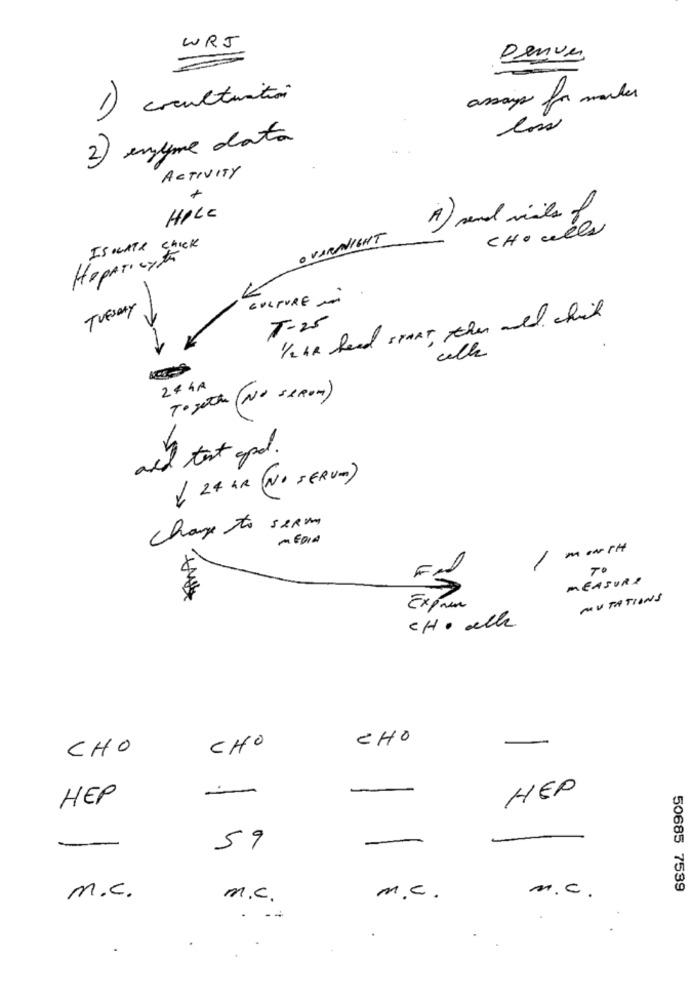
WRJ
Denver
1) coculturation
assay for marker
low
2) enzyme data
ACTIVITY
HOLE
A ) send viles
CHO wels
OVERNIGHT
IS WATe chick
HePATIcyto
CULTURE -
TUESDAY
T-25
1/2 AR head START, then and chil
walk
244R
To sethe (NO seRom)
add text and.
( 24 HR (NO SERVE)
change to serve
MEDIA
--
-
TO
Fr
MEASURE
MUTATIONS
Exprim
CH. elle
CHO
CHO
CHO
HEP
HEP
-
-
59
50685 7539
m.c.
m.c.
m.C.
m.C.
. --